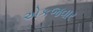
એકજવાર